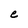
Character: e